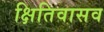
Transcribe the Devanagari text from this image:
क्षितिवासव